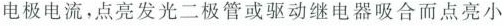
电极电流，点亮发光二极管或驱动继电器吸合而点亮小